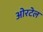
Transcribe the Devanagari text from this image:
ओरटेल